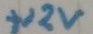
Text: +12V